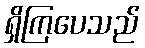
ရှိကြပေသည်